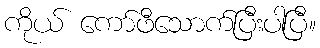
ကိုယ် ကော်ဖီသောက်ပြီးပါပြီ။